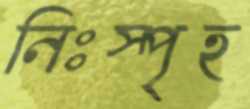
নিঃস্পৃহ